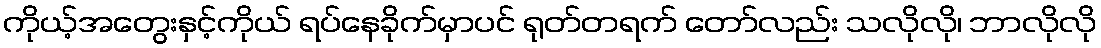
ကိုယ့်အတွေးနှင့်ကိုယ် ရပ်နေခိုက်မှာပင် ရုတ်တရက် တော်လည်း သလိုလို၊ ဘာလိုလို